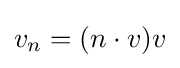
v_{n}=(n\cdot v)v